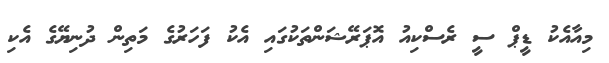
މިއާއެކު ޑީޕް ސީ ރެސްކިއު އޮޕަރޭޝަންތަކުގައި އެކު ފަހަރުގެ މަތިން ދުނިޔޭގެ އެކި